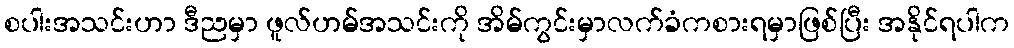
စပါးအသင်းဟာ ဒီညမှာ ဖူလ်ဟမ်အသင်းကို အိမ်ကွင်းမှာလက်ခံကစားရမှာဖြစ်ပြီး အနိုင်ရပါက